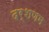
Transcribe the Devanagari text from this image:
दर्शणम